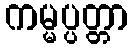
ကမ္မပ္ပတ္တာ